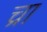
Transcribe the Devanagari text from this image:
च्रा